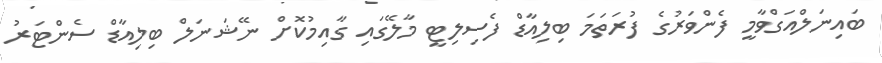
ބައިނަލްއަގްވާމީ ފެންވަރުގެ ފުރަތަމަ ބިލިއާޑް ފެސިލިޓީ މާލޭގައި ގާއިމުކޮށް ނޭޝަނަލް ބިލިއާޑް ސެންޓަރު